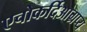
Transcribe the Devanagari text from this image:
एचोकर्दिओग्रप्य